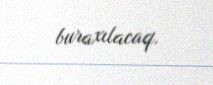
buraxılacaq.